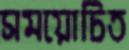
সময়োচিত